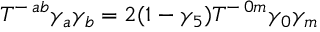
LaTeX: T ^ { - \, a b } \gamma _ { a } \gamma _ { b } = 2 ( 1 - \gamma _ { 5 } ) T ^ { - \, 0 m } \gamma _ { 0 } \gamma _ { m }